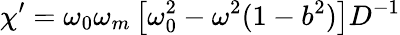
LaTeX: \chi^{\prime}=\omega_{0}\omega_{m}\left[\omega_{0}^{2}-\omega^{2}(1-b^{2})\right]D^{-1}